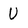
Character: U